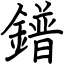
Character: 鐠